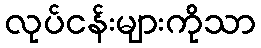
လုပ်ငန်းများကိုသာ